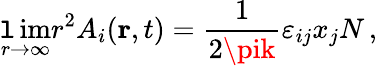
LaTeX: \operatorname*{\mathtt{l}im}_{r\to\infty}r^{2}A_{i}({\mathbf{r}},t)={\frac{{1}}{{2\pik}}}\varepsilon_{ij}x_{j}N\, ,